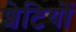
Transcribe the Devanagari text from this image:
शेटियों